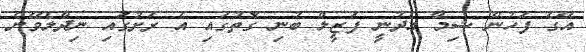
އޭގެ ފަހުން ޝިމާ އެދުނީ ފަޒީލް ބުނި ގޮތުގައި އެ ރަށުގައި ނިދާލެވޭނެ